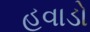
હવાડો